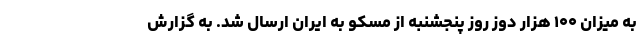
به میزان ۱۰۰ هزار دوز روز پنجشنبه از مسکو به ایران ارسال شد. به گزارش